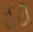
ઈટી